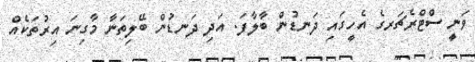
ވަނީ ސްޓްރެޗަރގެ އެހީގައި ދަނޑުން ބާލާފަ. އަދި ދަނޑުން ބޭލިތަނާ މާގިނަ އިރުތަކެއް